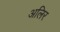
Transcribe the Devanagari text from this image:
अलिर